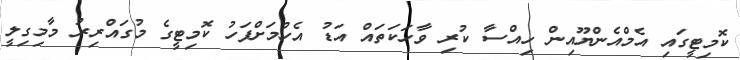
ކޮމިޓީގައި އެމްއެންޔޫއިން ހިއްސާ ކުރި ވާހަކަތައް އަޑު އެހުމަށްފަހު ކޮމިޓީގެ މުގައްރިރު މާމިގިލީ